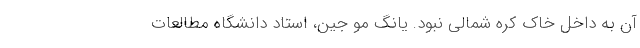
آن به داخل خاک کره شمالی نبود. یانگ مو جین، استاد دانشگاه مطالعات